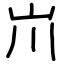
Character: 𡵅